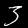
Digit: 3